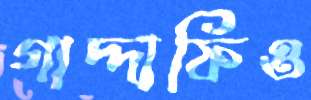
গাদ্দাফিও